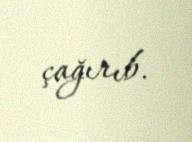
çağırıb.